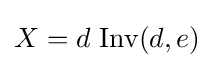
X=d\ {\text{Inv}}(d,e)